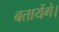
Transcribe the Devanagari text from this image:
बतायेंगे।